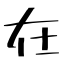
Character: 在